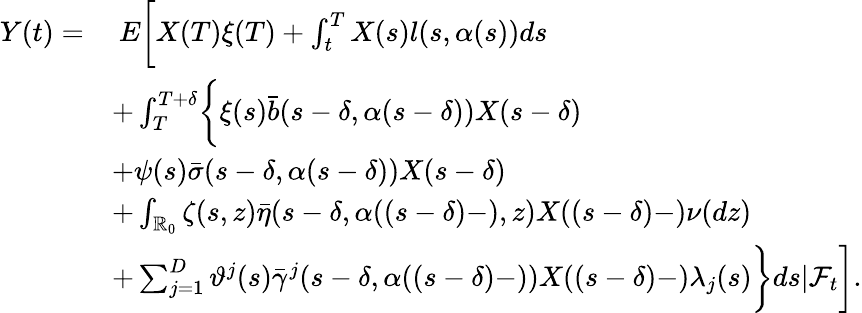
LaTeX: \begin{array}{rl}{Y(t)=}&{\ E\biggl[X(T)\xi(T)+\int_{t}^{T}X(s)l(s,\alpha(s))ds}\\ &{+\int_{T}^{T+\delta}\biggl\{ \xi(s)\bar{b}(s-\delta,\alpha(s-\delta))X(s-\delta)}\\ &{+\psi(s)\bar{\sigma}(s-\delta,\alpha(s-\delta))X(s-\delta)}\\ &{+\int_{\mathbb{R}_{0}}\zeta(s,z)\bar{\eta}(s-\delta,\alpha((s-\delta)-),z)X((s-\delta)-)\nu(dz)}\\ &{+\sum_{j=1}^{D}\vartheta^{j}(s)\bar{\gamma}^{j}(s-\delta,\alpha((s-\delta)-))X((s-\delta)-)\lambda_{j}(s)\biggr\} ds|\mathcal{F}_{t}\biggr].}\end{array}